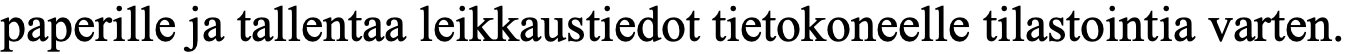
paperille ja tallentaa leikkaustiedot tietokoneelle tilastointia varten.